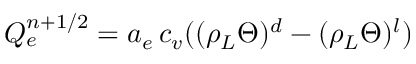
{ Q } _ { e } ^ { n + 1 / 2 } = a _ { e } \, c _ { v } ( ( \rho _ { L } \Theta ) ^ { d } - ( \rho _ { L } \Theta ) ^ { l } )